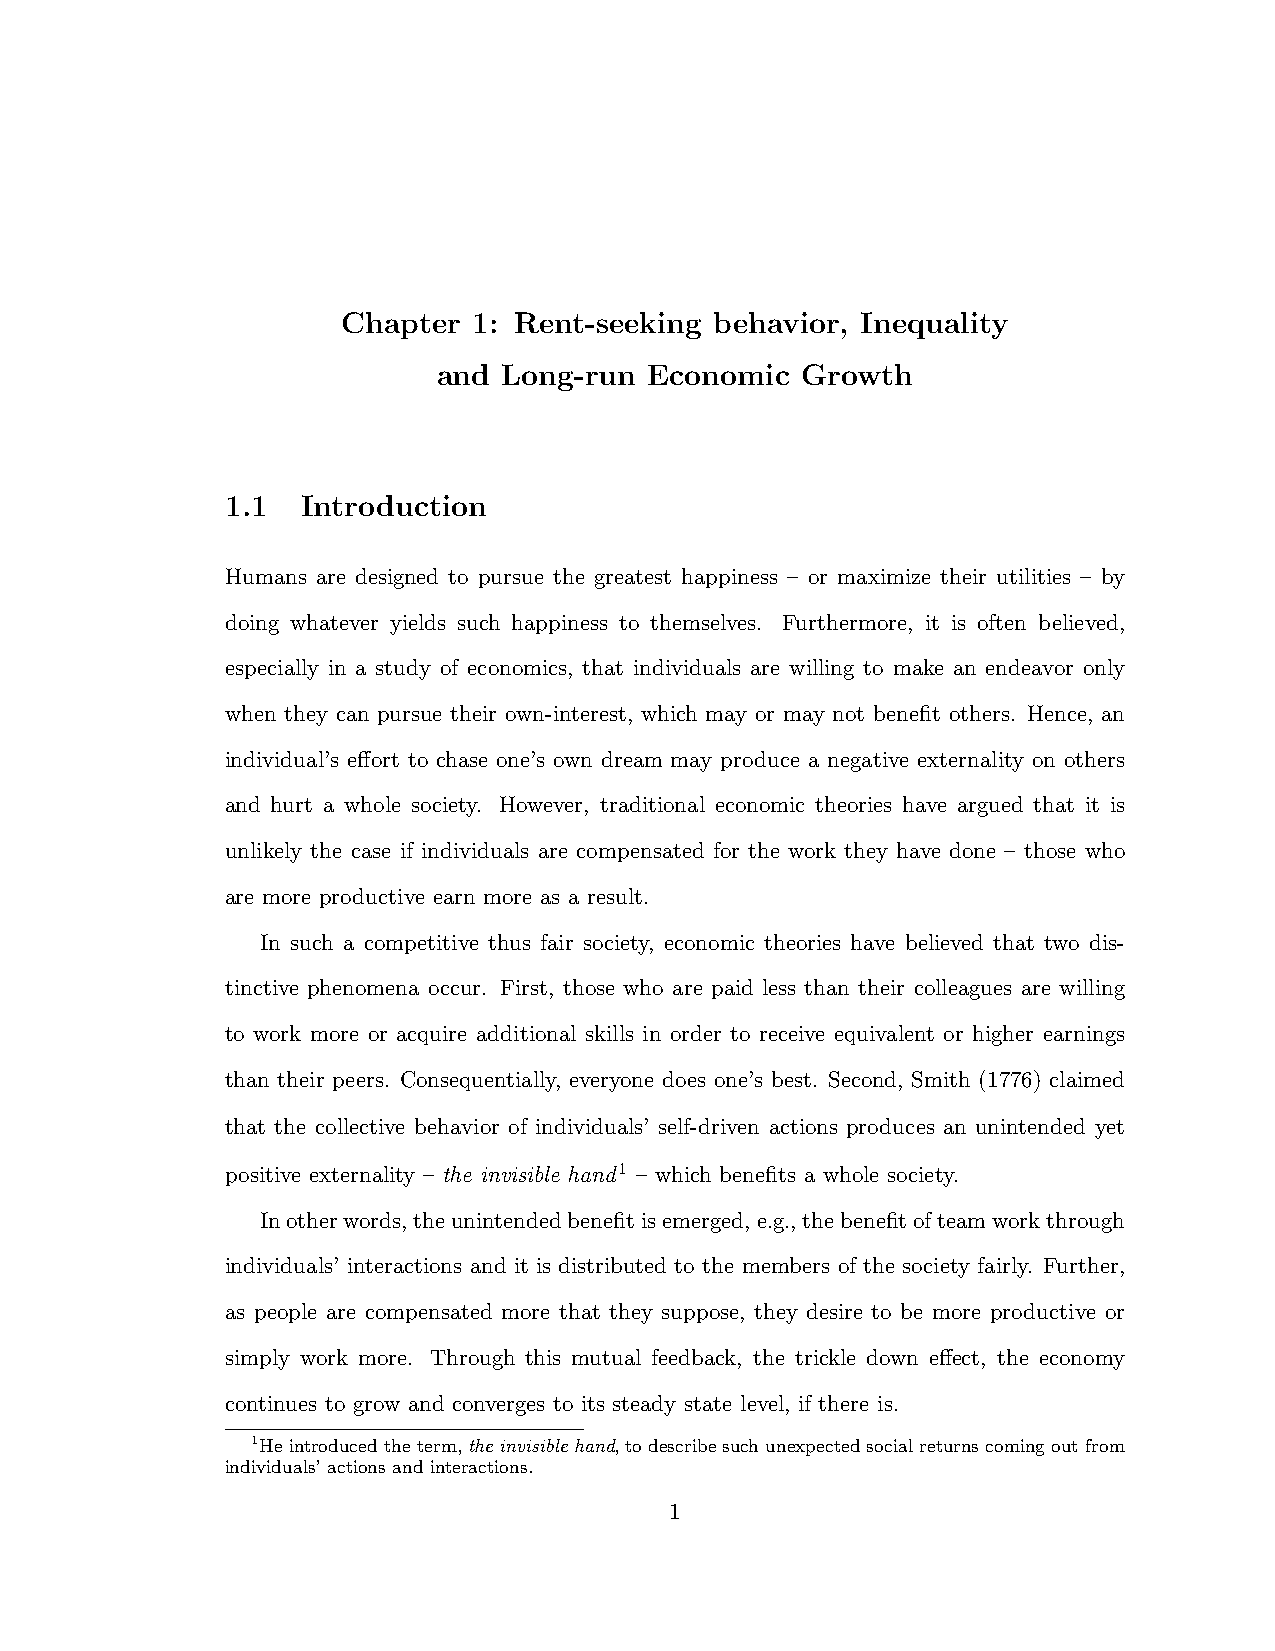
Chapter 1: Rent-seeking behavior, Inequality
 and Long-run  Economic  Growth
 1.1  Introduction
 Humans are designed to pursue the greatest happiness – or maximize their utilities – by
 doing whatever yields such happiness to themselves. Furthermore, it is often believed,
 especially in a study of economics, that individuals are willing to make an endeavor only
 when they can pursue their own-interest, which may or may not benefit others. Hence, an
 individual’s e↵ort to chase one’s own dream may produce a negative externality on others
 and hurt a whole society. However, traditional economic theories have argued that it is
 unlikely the case if individuals are compensated for the work they have done – those who
 are more productive earn more as a result.
 In such a competitive thus fair society, economic theories have believed that two dis-
 tinctive phenomena occur. First, those who are paid less than their colleagues are willing
 to work more or acquire additional skills in order to receive equivalent or higher earnings
 than their peers. Consequentially, everyone does one’s best. Second, Smith (1776) claimed
 that the collective behavior of individuals’ self-driven actions produces an unintended yet
 positive externality – the invisible hand1 – which benefits a whole society.
 Inotherwords,theunintendedbenefitisemerged,e.g.,thebenefitofteamworkthrough
 individuals’ interactions and it is distributed to the members of the society fairly. Further,
 as people are compensated more that they suppose, they desire to be more productive or
 simply work more. Through this mutual feedback, the trickle down e↵ect, the economy
 continues to grow and converges to its steady state level, if there is.
 1Heintroducedtheterm,the invisible hand,todescribesuchunexpectedsocialreturnscomingoutfrom
 individuals’ actions and interactions.
 1